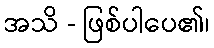
အသိ - ဖြစ်ပါပေ၏၊